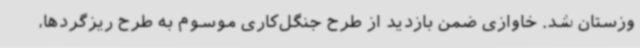
وزستان شد. خاوازی ضمن بازدید از طرح جنگل‌کاری موسوم به طرح ریزگردها،